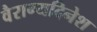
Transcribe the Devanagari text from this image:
वैराग्यदिनेश